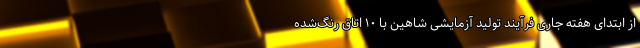
از ابتدای هفته جاری فرآیند تولید آزمایشی شاهین با ۱۰ اتاق رنگ‌شده